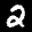
Label: 2